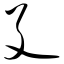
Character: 廴